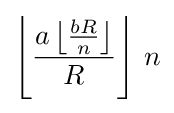
\left\lfloor {\frac {a\left\lfloor {\frac {bR}{n}}\right\rfloor }{R}}\right\rfloor \,n